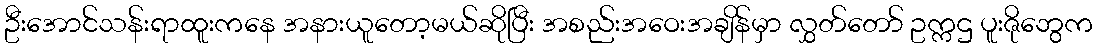
ဦးအောင်သန်းရာထူးကနေ အနားယူတော့မယ်ဆိုပြီး အစည်းအဝေးအချိန်မှာ လွှတ်တော် ဥက္ကဌ ပူးဇိုဘွေက